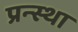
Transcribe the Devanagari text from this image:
प्रन्स्था